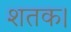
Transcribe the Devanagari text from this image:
शतक।